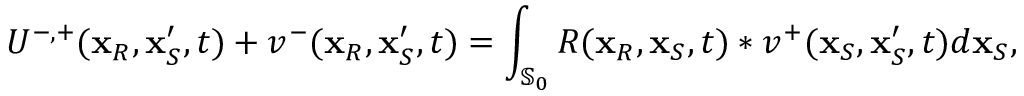
U ^ { - , + } ( \mathbf { x } _ { R } , \mathbf { x } _ { S } ^ { \prime } , t ) + v ^ { - } ( \mathbf { x } _ { R } , \mathbf { x } _ { S } ^ { \prime } , t ) = \int _ { \mathbb { S } _ { 0 } } R ( \mathbf { x } _ { R } , \mathbf { x } _ { S } , t ) * v ^ { + } ( \mathbf { x } _ { S } , \mathbf { x } _ { S } ^ { \prime } , t ) d \mathbf { x } _ { S } ,